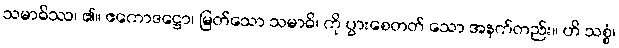
သမာဓိဿ၊ ၏။ ဧကောဒဋ္ဌော၊ မြတ်သော သမာဓိ၊ ကို ပွားစေတတ် သော အနက်တည်း။ ဟိ သစ္စံ၊